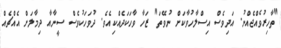
"ތާހިރުވެއްޖެއްނު. އަދިވެސް އިސްލާހުވާކަށް ނުވޭތަ" ޒަހާ ވާހަކަދެއްކިއެވެ. ދުވަހަކުވެސް ސީނާއާ ދިމާލަށް އެއްޗެއް